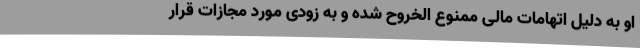
او به دلیل اتهامات مالی ممنوع الخروح شده و به زودی مورد مجازات قرار